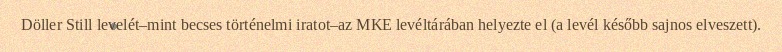
Döller Still levelét–mint becses történelmi iratot–az MKE levéltárában helyezte el (a levél később sajnos elveszett).